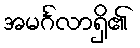
အမင်္ဂလာရှိ၏